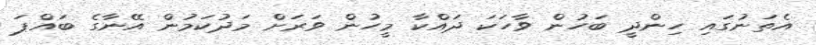
އެތަނުގައި ހިންދީ ބަހުން ވާހަކަ ދައްކާ މީހުން ވަރަށް މަދުކަމުން އޭނާގެ ބައްޕަ